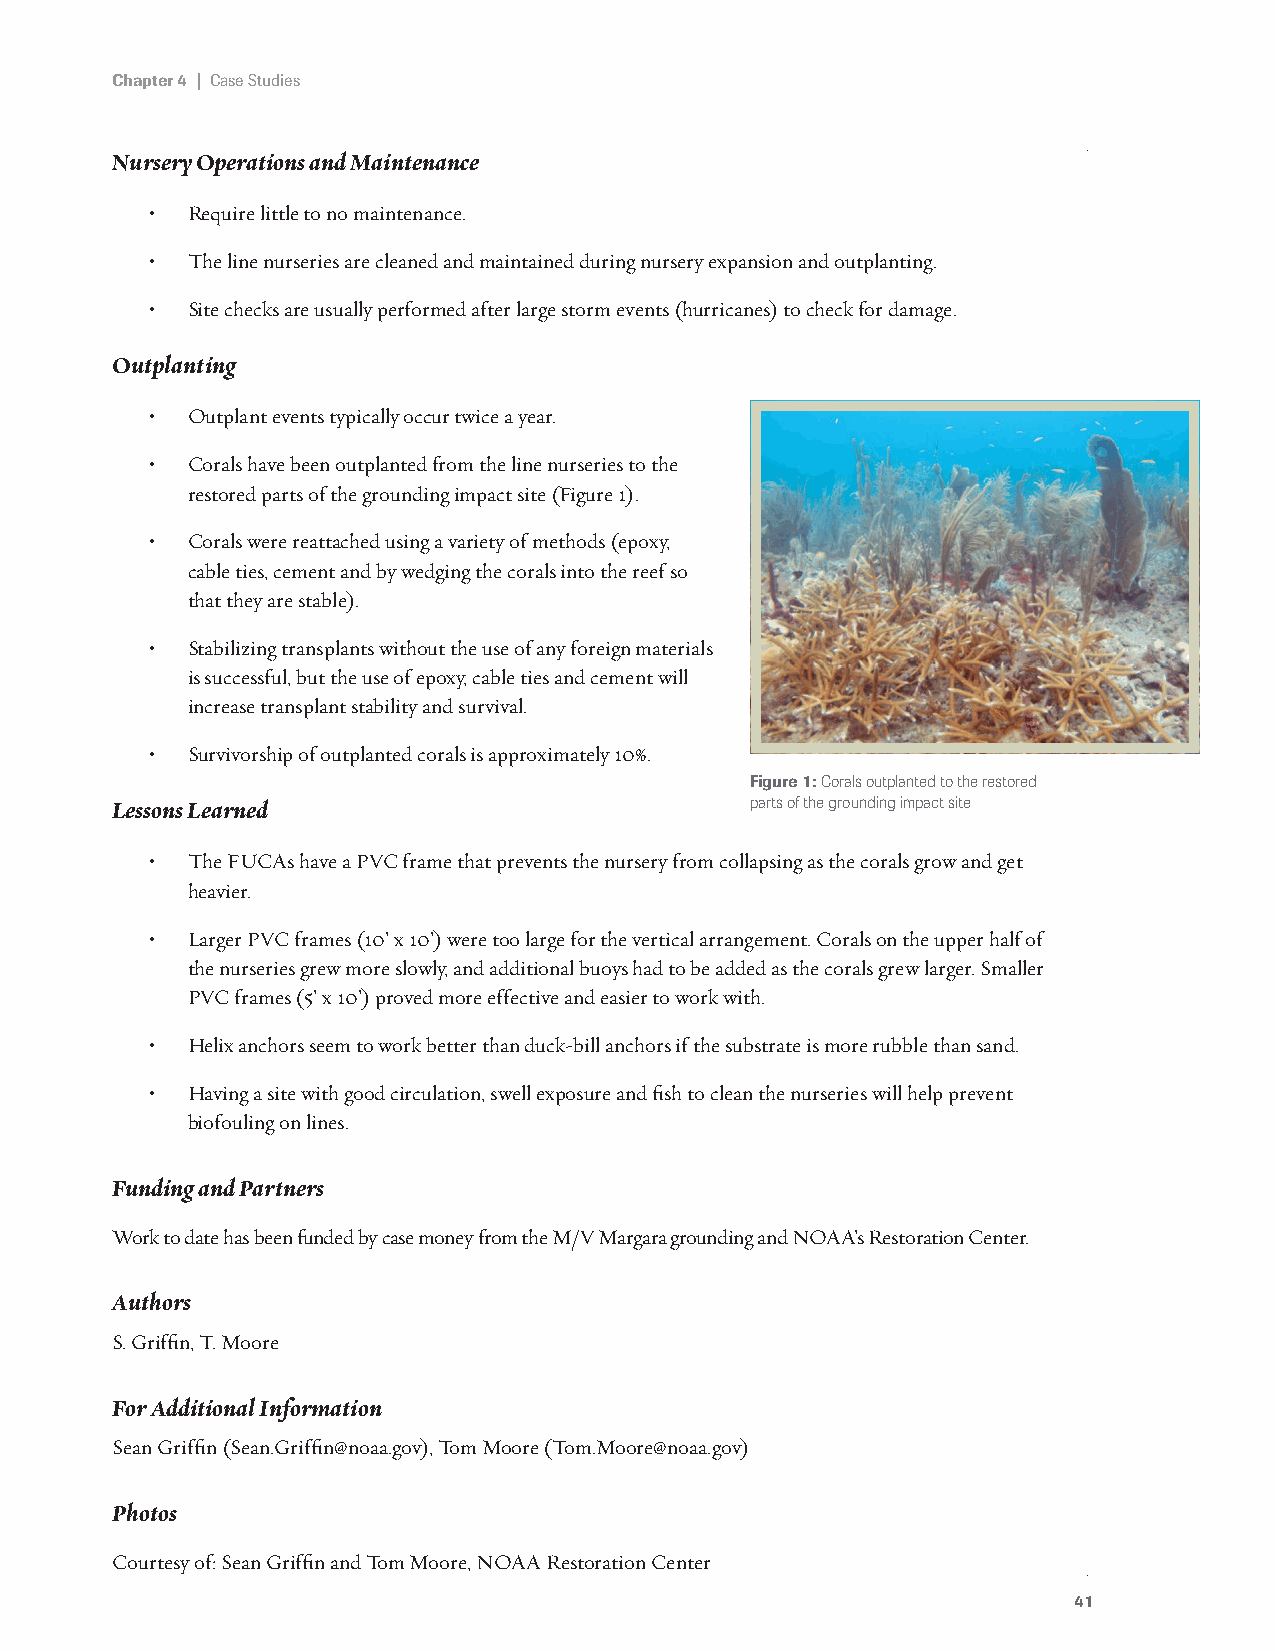
Chapter 4 | Case Studies
 Nursery Operations and Maintenance
 • Require little to no maintenance.
 • The line nurseries are cleaned and maintained during nursery expansion and outplanting.
 • Site checks are usually performed after large storm events (hurricanes) to check for damage.
 Outplanting
 • Outplant events typically occur twice a year.
 • Corals have been outplanted from the line nurseries to the
 restored parts of the grounding impact site (Figure 1).
 • Corals were reattached using a variety of methods (epoxy,
 cable ties, cement and by wedging the corals into the reef so
 that they are stable).
 • Stabilizing transplants without the use of any foreign materials
 is successful, but the use of epoxy, cable ties and cement will
 increase transplant stability and survival.
 • Survivorship of outplanted corals is approximately 10%.
 Figure 1: Corals outplanted to the restored
 Lessons Learned                            parts of the grounding impact site
 • The FUCAs have a PVC frame that prevents the nursery from collapsing as the corals grow and get
 heavier.
 • Larger PVC frames (10’ x 10’) were too large for the vertical arrangement. Corals on the upper half of
 the nurseries grew more slowly, and additional buoys had to be added as the corals grew larger. Smaller
 PVC frames (5’ x 10’) proved more effective and easier to work with.
 • Helix anchors seem to work better than duck-bill anchors if the substrate is more rubble than sand.
 • Having a site with good circulation, swell exposure and fish to clean the nurseries will help prevent
 biofouling on lines.
 Funding and Partners
 Work to date has been funded by case money from the M/V Margara grounding and NOAA’s Restoration Center.
 Authors
 S. Griffin, T. Moore
 For Additional Information
 Sean Griffin (Sean.Griffin@noaa.gov), Tom Moore (Tom.Moore@noaa.gov)
 Photos
 Courtesy of: Sean Griffin and Tom Moore, NOAA Restoration Center
 41